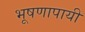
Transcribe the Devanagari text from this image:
भूषणापायी